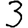
Digit: 3